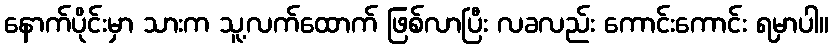
နောက်ပိုင်းမှာ သားက သူ့လက်ထောက် ဖြစ်လာပြီး လခလည်း ကောင်းကောင်း ရမှာပါ။